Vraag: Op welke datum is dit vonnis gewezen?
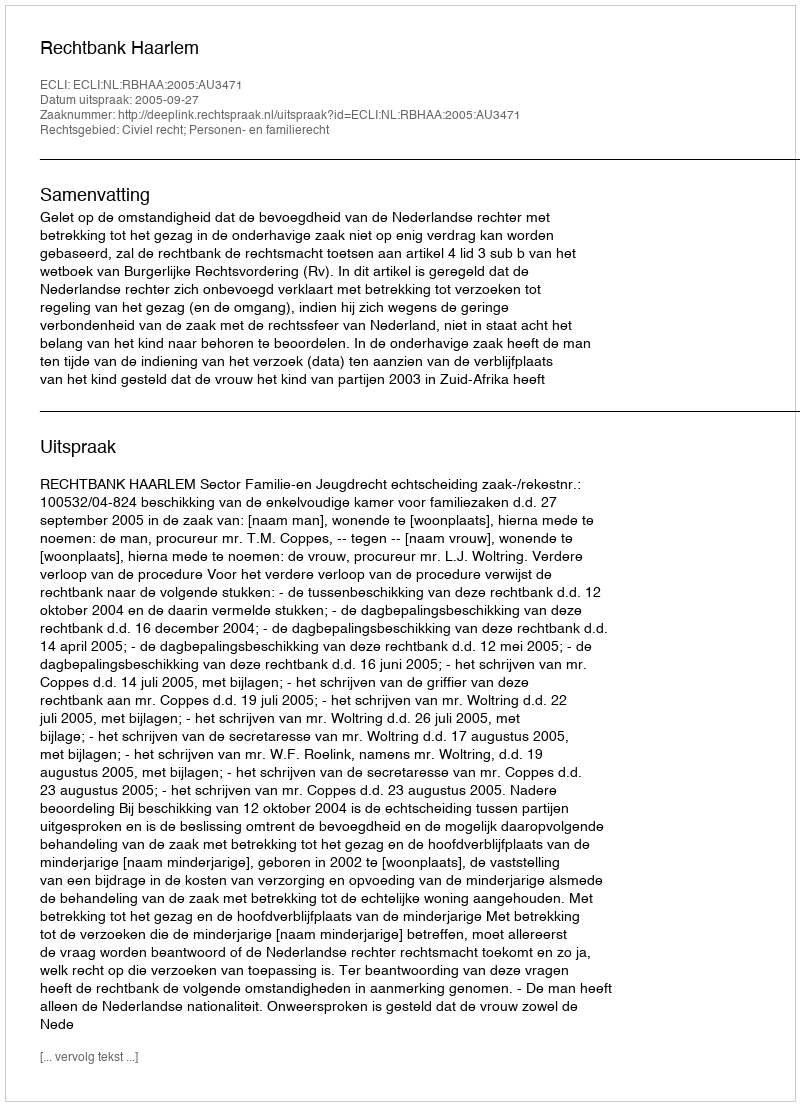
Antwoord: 2005-09-27